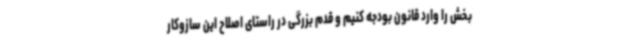
بخش را وارد قانون بودجه کنیم و قدم بزرگی در راستای اصلاح این سازوکار